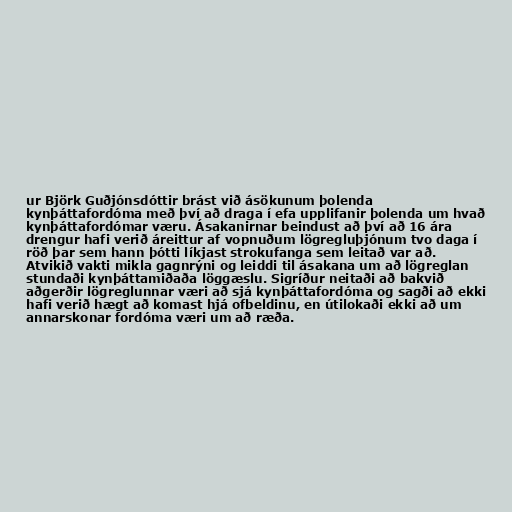
ur Björk Guðjónsdóttir brást við ásökunum þolenda
kynþáttafordóma með því að draga í efa upplifanir þolenda um hvað
kynþáttafordómar væru. Ásakanirnar beindust að því að 16 ára
drengur hafi verið áreittur af vopnuðum lögregluþjónum tvo daga í
röð þar sem hann þótti líkjast strokufanga sem leitað var að.
Atvikið vakti mikla gagnrýni og leiddi til ásakana um að lögreglan
stundaði kynþáttamiðaða löggæslu. Sigríður neitaði að bakvið
aðgerðir lögreglunnar væri að sjá kynþáttafordóma og sagði að ekki
hafi verið hægt að komast hjá ofbeldinu, en útilokaði ekki að um
annarskonar fordóma væri um að ræða.